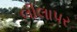
લીલાપર